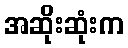
အဆိုးဆုံးက